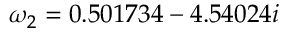
\omega _ { 2 } = 0 . 5 0 1 7 3 4 - 4 . 5 4 0 2 4 i